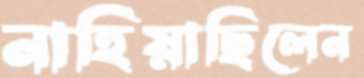
নাহিয়াছিলেন